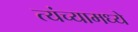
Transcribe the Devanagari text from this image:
त्यंच्यामध्ये